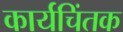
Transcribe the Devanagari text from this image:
कार्यचिंतक